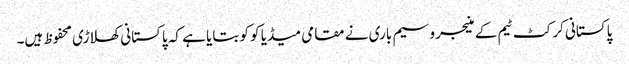
پاکستانی کرکٹ ٹیم کے منیجر وسیم باری نے مقامی میڈیا کو کو بتایا ہے کہ پاکستانی کھلاڑی محفوظ ہیں۔